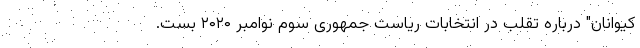
کیوانان" درباره تقلب در انتخابات ریاست جمهوری سوم نوامبر ۲۰۲۰ بست.